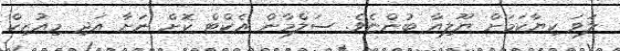
ލަވަ ކިޔާކަމަށް ޔޫލިއާ ބުންޏެވެ. ސަލްމާން އެކްޓް ކޮށް ނަށާ އަދި މިއުޒިކް